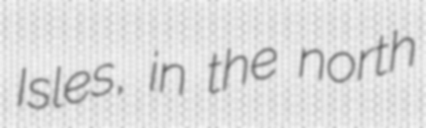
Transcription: Isles, in the north